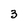
Character: 3